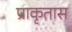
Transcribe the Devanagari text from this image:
प्राकृतास